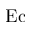
\mathrm { E c }